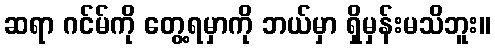
ဆရာ ဂင်မ်ကို တွေ့ရမှာကို ဘယ်မှာ ရှိမှန်းမသိဘူး။